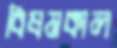
বিষমকাল